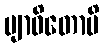
ဗျာဓိတောပိ